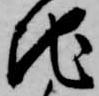
地